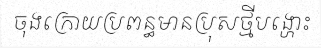
ចុងក្រោយប្រពន្ធមានប្រុសថ្មីបង្ហោះ